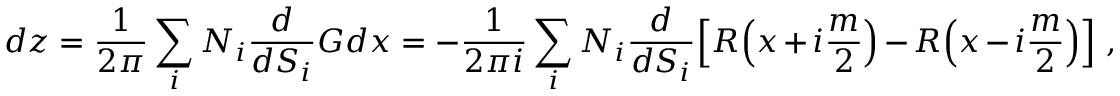
d z = \frac { 1 } { 2 \pi } \sum _ { i } N _ { i } \frac { d } { d S _ { i } } G d x = - \frac { 1 } { 2 \pi i } \sum _ { i } N _ { i } \frac { d } { d S _ { i } } \Big [ R \Big ( x + i \frac { m } { 2 } \Big ) - R \Big ( x - i \frac { m } { 2 } \Big ) \Big ] \ ,